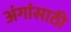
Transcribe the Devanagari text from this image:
अंगांसाठी